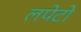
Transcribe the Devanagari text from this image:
लपेटो